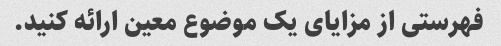
فهرستی از مزایای یک موضوع معین ارائه کنید.